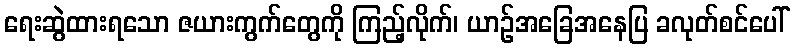
ရေးဆွဲထားရသော ဇယားကွက်တွေကို ကြည့်လိုက်၊ ယာဉ်အခြေအနေပြ ခလုတ်စင်ပေါ်